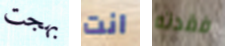
بهجت انت فقدته